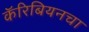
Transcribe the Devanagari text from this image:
कॅरिबियनचा